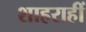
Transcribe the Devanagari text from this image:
शाहराहीं